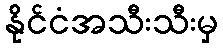
နိုင်ငံအသီးသီးမှ